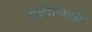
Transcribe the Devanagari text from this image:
भाषेनिशी